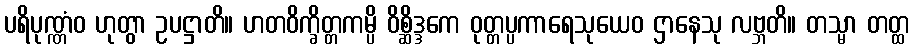
ပရိပုဏ္ဏံဝ ဟုတွာ ဥပဋ္ဌာတိ။ ဟတဝိက္ခိတ္တကမ္ပိ ဝိစ္ဆိဒ္ဒကေ ဝုတ္တပ္ပကာရေသုယေဝ ဌာနေသု လဗ္ဘတိ။ တသ္မာ တတ္ထ